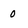
Character: 0